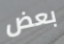
بعض